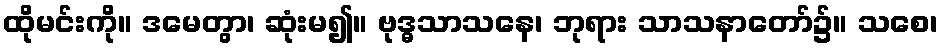
ထိုမင်းကို။ ဒမေတွာ၊ ဆုံးမ၍။ ဗုဒ္ဓသာသနေ၊ ဘုရား သာသနာတော်၌။ သစေ၊